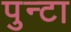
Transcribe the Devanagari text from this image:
पुन्टा